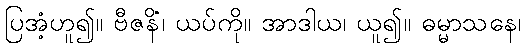
ပြအံ့ဟူ၍။ ဗီဇနိံ၊ ယပ်ကို။ အာဒါယ၊ ယူ၍။ ဓမ္မာသနေ၊